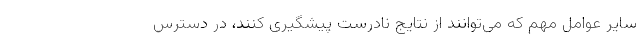
سایر عوامل مهم که می‌توانند از نتایج نادرست پیشگیری کنند، در دسترس